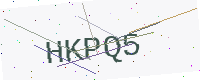
Text: HKPQ5